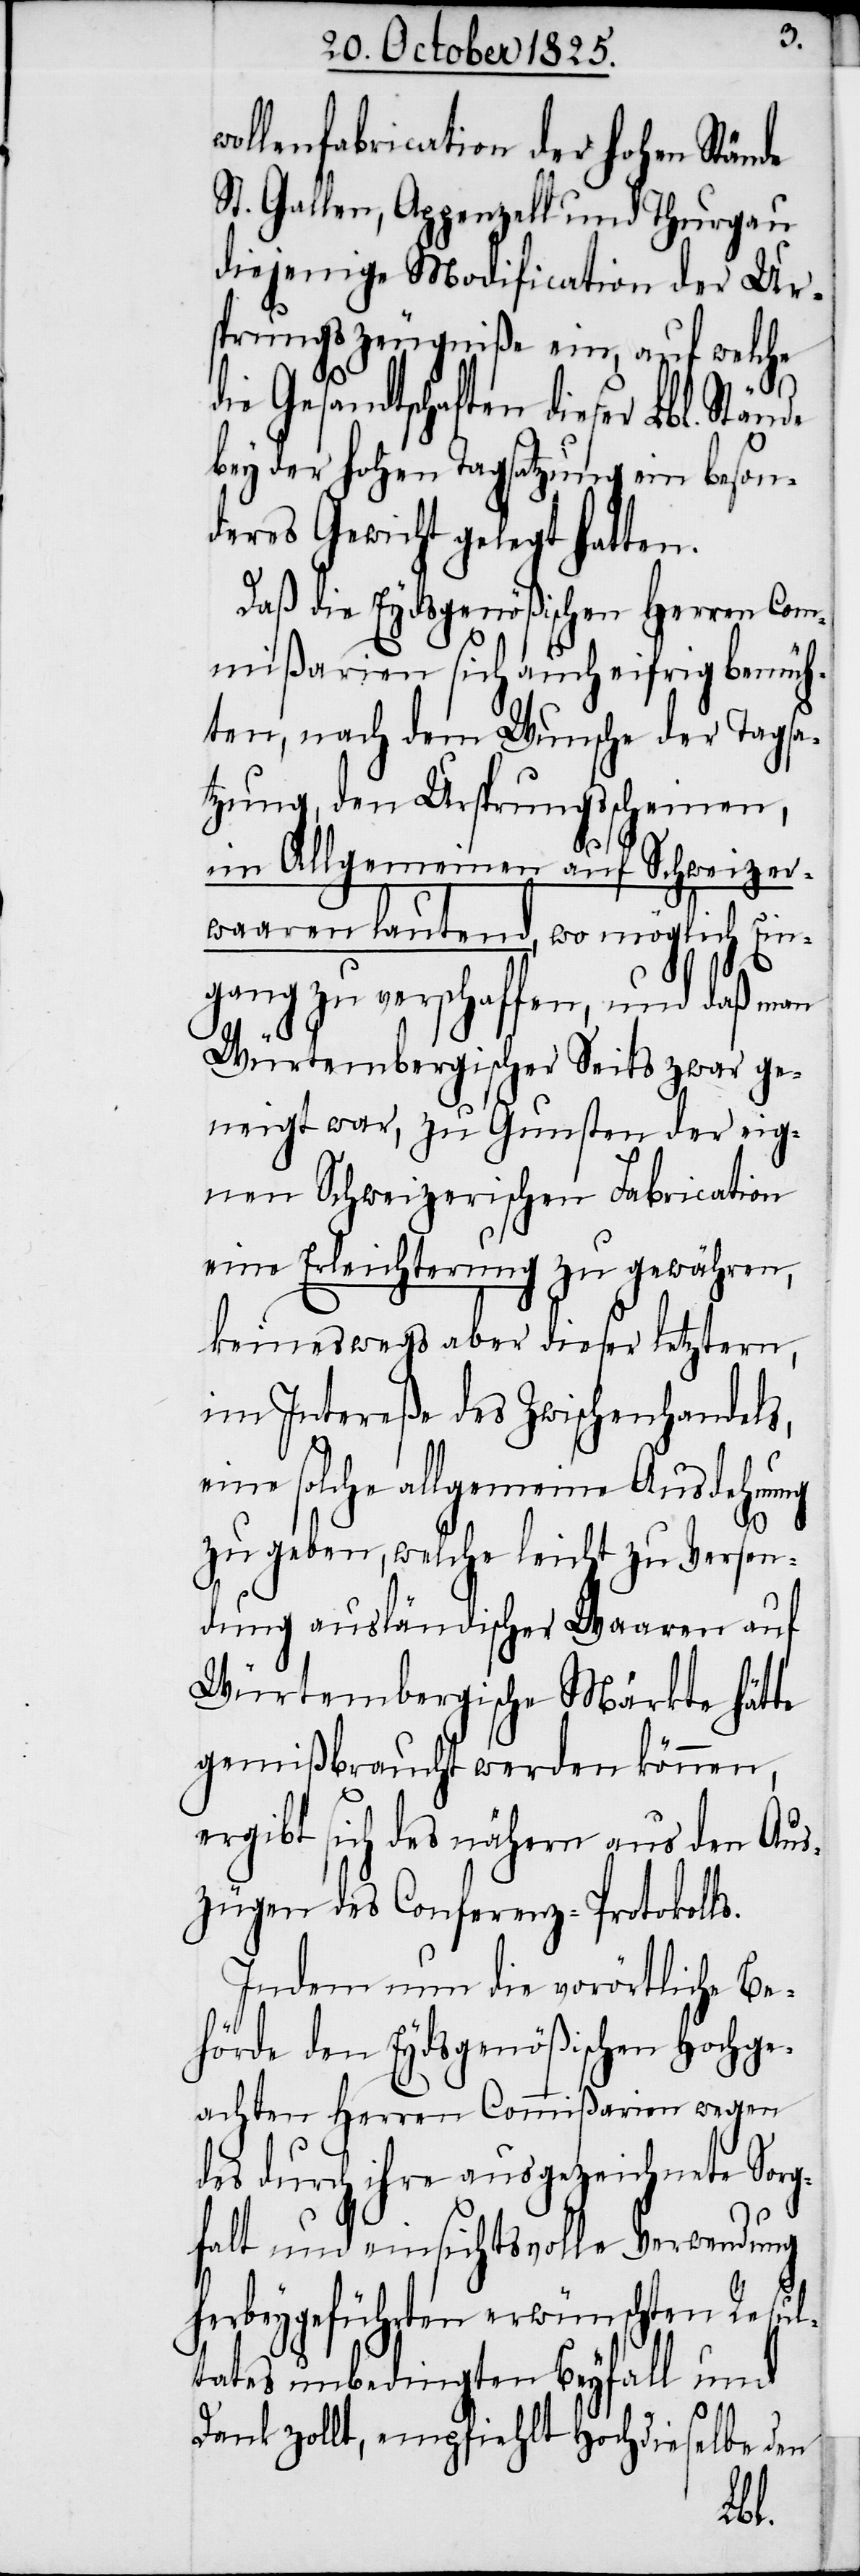
wollenfabrication der hohen Stände
St. Gallen, Appenzell und Thurgau
diejenige Modification der Ur¬
sprungszeugniße ein, auf welche
die Gesandtschaften dieser Lbl.
bey der hohen Tagsatzung ein beson¬
deres Gewicht gelegt hatten.
Daß die Eydsgenößischen Herren Com¬
mißarien sich auch eifrig bemüh¬
ten, nach dem Wunsche der Tagsa¬
tzung, den Ursprungsscheinen,
im Allgemeinen auf Schweizer¬
waaren lautend, wo möglich Ein¬
gang zu verschaffen, und daß man
Würtembergischer Seits zwar ge¬
neigt war, zu Gunsten der eig¬
nen Schweizerischen Fabrication
eine Erleichterung zu gewähren,
keineswegs aber dieser letztern,
im Intereße des Zwischenhandels,
eine solche allgemeine Ausdehnung
zu geben, welche leicht zu Versen¬
dung ausländischer Waaren auf
Würtembergische Märkte hätte
gemißbraucht werden können,
ergibt sich des nähern aus den Aus¬
zügen des Conferenz-Protokoll¬
Indem nun die vorörtliche Be¬
hörde den Eydsgenößischen Hochge¬
achten Herren Commißarien wegen
des durch ihre ausgezeichnete Sorg¬
falt und einsichtsvolle Verwendung
herbeygeführten erwünschten Resul¬
tates unbedingten Beyfall und
s.
Dank zollt, empfiehlt Hochdieselbe den